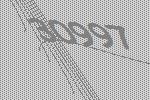
30997